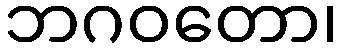
ဘဂဝတော၊